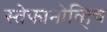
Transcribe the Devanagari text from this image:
स्तेफानोव्हिच